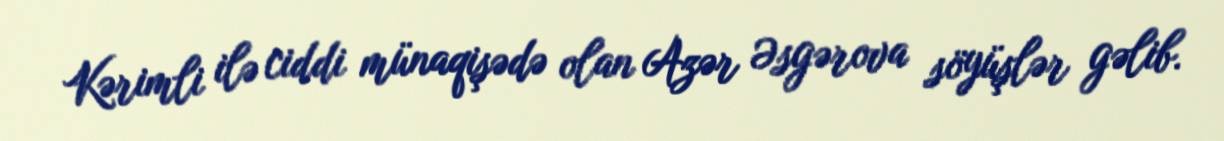
Kərimli ilə ciddi münaqişədə olan Azər Əsgərova söyüşlər gəlib.